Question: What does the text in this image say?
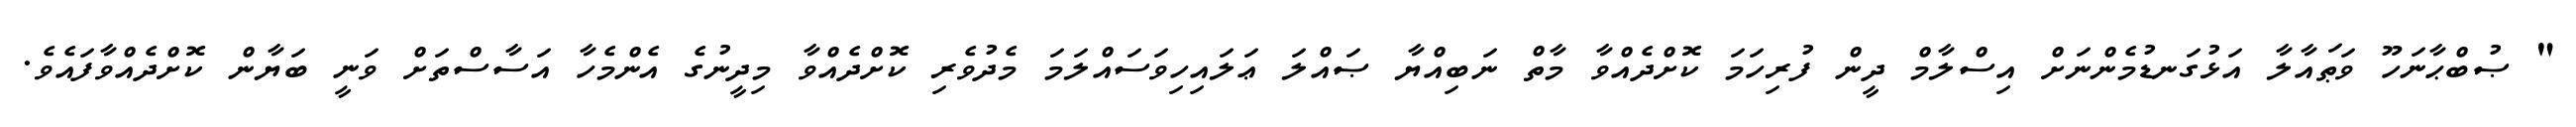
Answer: " ޞުބްޙާނަހޫ ވަޠައާލާ އަޅުގަނޑުމެންނަށް އިސްލާމް ދީން ފުރިހަމަ ކޮށްދެއްވާ މާތް ނަބިއްޔާ ޞައްލަ ޢަލައިހިވަސައްލަމަ މެދުވެރި ކޮށްދެއްވާ މިދީނުގެ އެންމެހާ އަސާސްތަށް ވަނީ ބަޔާން ކޮށްދެއްވާފައެވެ.